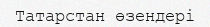
Татарстан өзендері